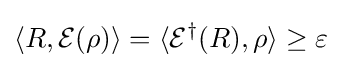
\langle R,{\mathcal {E}}(\rho )\rangle =\langle {\mathcal {E}}^{\dagger }(R),\rho \rangle \geq \varepsilon